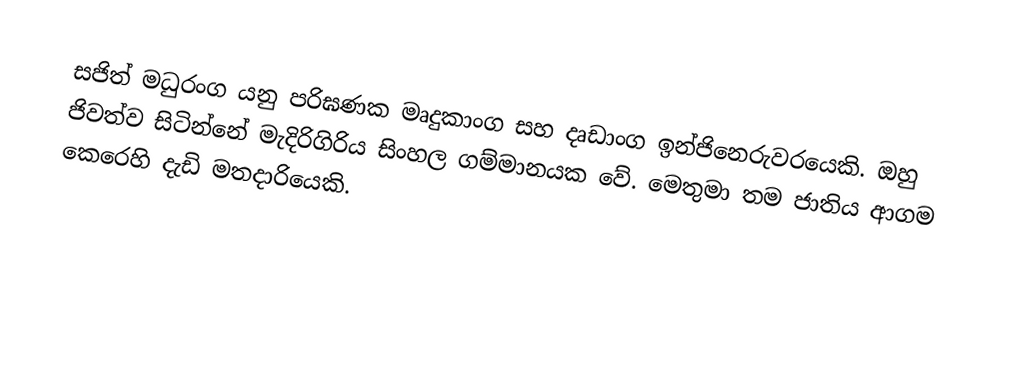
සජිත් මධුරංග යනු පරිඝණක මෘදුකාංග සහ දෘඩාංග ඉන්ජිනෙරුවරයෙකි. ඔහු ජිවත්ව සිටින්නේ මැදිරිගිරිය සිංහල ගම්මානයක වේ. මෙතුමා තම ජාතිය ආගම කෙරෙහි දැඩි මතදාරියෙකි.